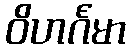
ဝိဟင်္ဂမာ